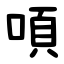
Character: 㖽